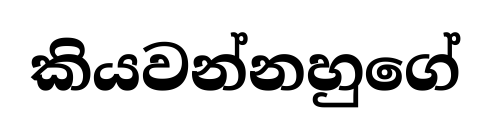
කියවන්නහුගේ